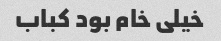
خیلی خام بود کباب